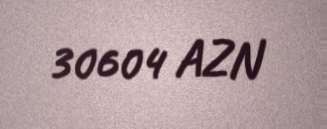
30604 AZN